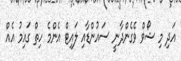
އަދި މި ޝޯވް ވެގެންދާނީ ސައުންޑާއި ލައިޓް އެންމެ ހިތް ގައިމު އެއް